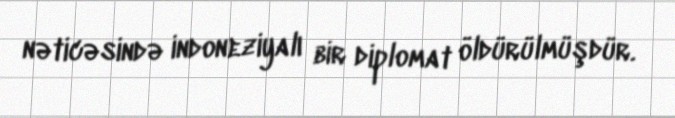
nəticəsində indoneziyalı bir diplomat öldürülmüşdür.